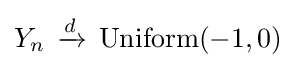
Y_{n}\,\xrightarrow {d} \,{\rm {Uniform}}(-1,0)